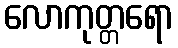
လောကုတ္တရော